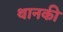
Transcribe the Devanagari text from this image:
थानकी